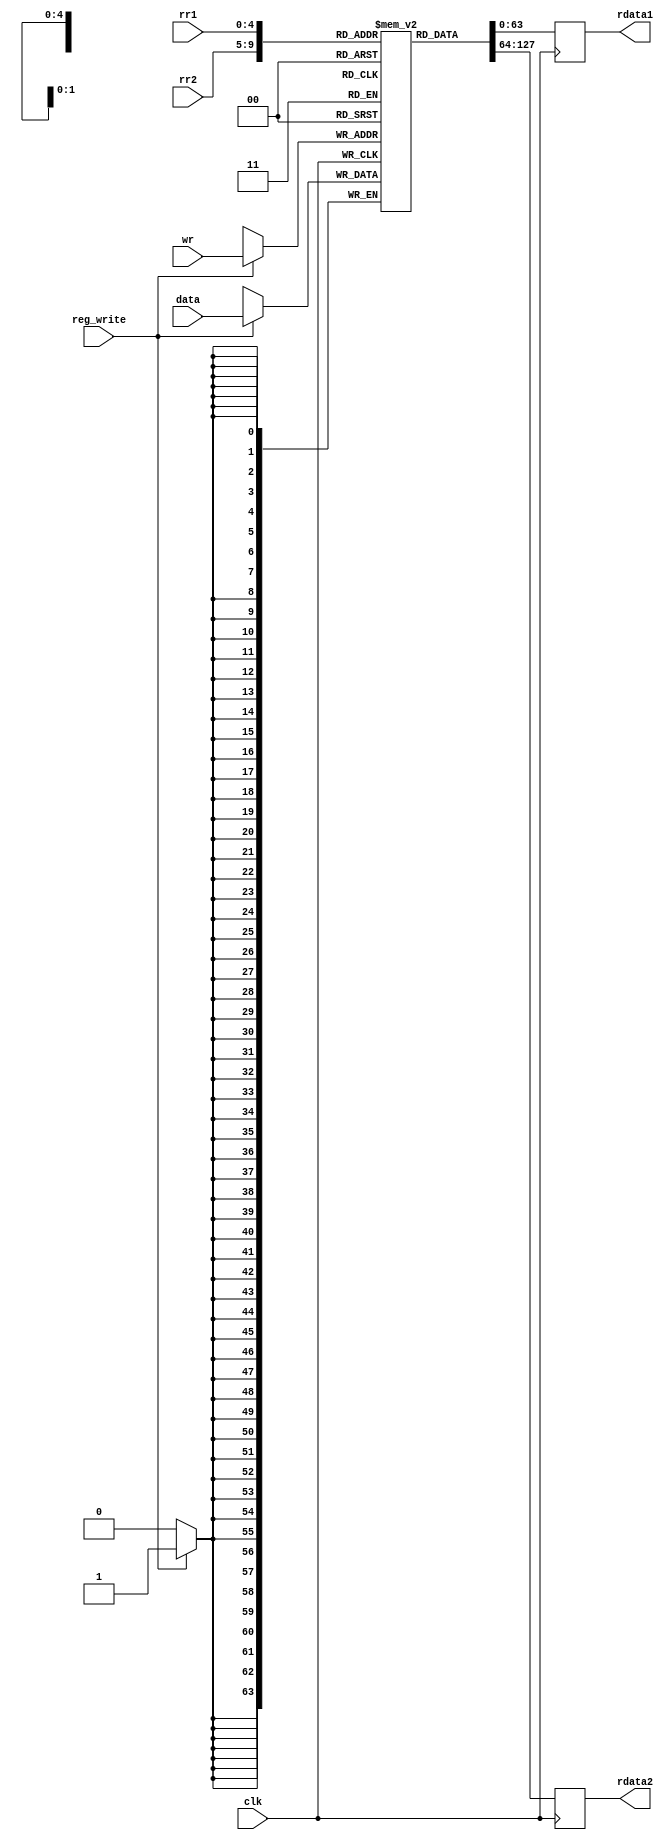
module register(clk,rdata1,rdata2,rr1,rr2,wr,data,reg_write);
	input wire clk;
	input [4:0]rr1,rr2,wr;
	input reg_write;
	input wire [63:0] data;
	output reg [63:0]rdata1,rdata2;

	reg [63:0] REG [31:0];

	integer my_int;

	integer i;
	//Initializes all the memory spaces so that it can be used to read
	initial begin
  	for (i = 0; i < 32; i = i + 1) 
  	begin
    		REG[i] = i;
  	end
	end


	always @(posedge clk ) 
	begin
		if(reg_write)
		begin
			my_int=wr;
			REG[my_int]<=data;
		end
	end
	integer my_int1;
	integer my_int2;
	always @(posedge clk) 
	begin
		my_int1=rr1;
		my_int2=rr2;
		rdata2<=REG[my_int2];
		rdata1<=REG[my_int1];
	end
endmodule // register_file

/*module test_bench_register_file;

	reg [4:0] rr1, rr2, wr;
	reg reg_write,clk;
	reg [63:0] d;
	wire [63:0]rdata1,rdata2;

	initial begin
		 wr = 5'd0;d = 32'd5; rr1 = 5'd0; rr2 = 5'd1; reg_write = 1'b1; #10	 $display("readReg1 %d readReg2 %d writeData %d writeReg %d reg_write %d readData1 %d readData2 %d",rr1,rr2,d,wr,reg_write,rdata1,rdata2);



		#1 wr = 5'd1; d = 32'd10; rr1 = 5'd0; rr2 = 5'd1; #10  $display("readReg1 %d readReg2 %d writeData %d writeReg %d reg_write %d readData1 %d readData2 %d",rr1,rr2,d,wr,reg_write,rdata1,rdata2); 
		#1 wr = 5'd2; d = 32'd15; rr1 = 5'd0; rr2 = 5'd2;#10   $display("readReg1 %d readReg2 %d writeData %d writeReg %d reg_write %d readData1 %d readData2 %d",rr1,rr2,d,wr,reg_write,rdata1,rdata2);
		#1 wr = 5'd3; d = 32'd20; rr1 = 5'd1; rr2 = 5'd0;#10   $display("readReg1 %d readReg2 %d writeData %d writeReg %d reg_write %d readData1 %d readData2 %d",rr1,rr2,d,wr,reg_write,rdata1,rdata2);
		#1 wr = 5'd4; d = 32'd25; rr1 = 5'd1; rr2 = 5'd2;#10   $display("readReg1 %d readReg2 %d writeData %d writeReg %d reg_write %d readData1 %d readData2 %d",rr1,rr2,d,wr,reg_write,rdata1,rdata2);
		#1 wr = 5'd5; d = 32'd30; rr1 = 5'd1; rr2 = 5'd3;#10   $display("readReg1 %d readReg2 %d writeData %d writeReg %d reg_write %d readData1 %d readData2 %d",rr1,rr2,d,wr,reg_write,rdata1,rdata2);
		#1 wr = 5'd6; d = 32'd35; rr1 = 5'd3; rr2 = 5'd2;#10   $display("readReg1 %d readReg2 %d writeData %d writeReg %d reg_write %d readData1 %d readData2 %d",rr1,rr2,d,wr,reg_write,rdata1,rdata2);
		#1 wr = 5'd7; d = 32'd40; rr1 = 5'd4; rr2 = 5'd5;#10   $display("readReg1 %d readReg2 %d writeData %d writeReg %d reg_write %d readData1 %d readData2 %d",rr1,rr2,d,wr,reg_write,rdata1,rdata2);
		#1 wr = 5'd8; d = 32'd45; rr1 = 5'd7; rr2 = 5'd6;#10   $display("readReg1 %d readReg2 %d writeData %d writeReg %d reg_write %d readData1 %d readData2 %d",rr1,rr2,d,wr,reg_write,rdata1,rdata2);
		#1 wr = 5'd9; d = 32'd50; rr1 = 5'd8; rr2 = 5'd9;#10   $display("readReg1 %d readReg2 %d writeData %d writeReg %d reg_write %d readData1 %d readData2 %d",rr1,rr2,d,wr,reg_write,rdata1,rdata2);
		#1 wr = 5'd10; d = 32'd55; rr1 = 5'd0; rr2 = 5'd10;#10 $display("readReg1 %d readReg2 %d writeData %d writeReg %d reg_write %d readData1 %d readData2 %d",rr1,rr2,d,wr,reg_write,rdata1,rdata2);
		#1 wr = 5'd11; d = 32'd60; rr1 = 5'd11; rr2 = 5'd10;#10$display("readReg1 %d readReg2 %d writeData %d writeReg %d reg_write %d readData1 %d readData2 %d",rr1,rr2,d,wr,reg_write,rdata1,rdata2);
		
		$display("Changing already stored values");

		#1 wr = 5'd0; d = 32'd65; rr1 = 5'd0; rr2 = 5'd1;#10 $display("readReg1 %d readReg2 %d writeData %d writeReg %d reg_write %d readData1 %d readData2 %d",rr1,rr2,d,wr,reg_write,rdata1,rdata2);
		#1 wr = 5'd1; d = 32'd70; rr1 = 5'd1; rr2 = 5'd2;#10 $display("readReg1 %d readReg2 %d writeData %d writeReg %d reg_write %d readData1 %d readData2 %d",rr1,rr2,d,wr,reg_write,rdata1,rdata2);
		#1 wr = 5'd2; d = 32'd75; rr1 = 5'd2; rr2 = 5'd3;#10 $display("readReg1 %d readReg2 %d writeData %d writeReg %d reg_write %d readData1 %d readData2 %d",rr1,rr2,d,wr,reg_write,rdata1,rdata2);
		#1 wr = 5'd3; d = 32'd80; rr1 = 5'd3; rr2 = 5'd4;#10 $display("readReg1 %d readReg2 %d writeData %d writeReg %d reg_write %d readData1 %d readData2 %d",rr1,rr2,d,wr,reg_write,rdata1,rdata2);
	end 

	register_file RF(clk,rdata1,rdata2,rr1,rr2,wr,d,reg_write);

	initial begin
		$dumpfile("wave.vcd");
		$dumpvars(0, test_bench_register_file);
	end

	initial begin
		clk=1'b0;
		repeat(500) #1 clk=~clk;
	end

endmodule*/